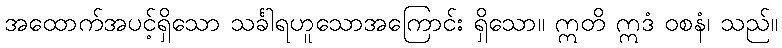
အထောက်အပင့်ရှိသော သင်္ခါရဟူသောအကြောင်း ရှိသော။ ဣတိ ဣဒံ ဝစနံ၊ သည်။